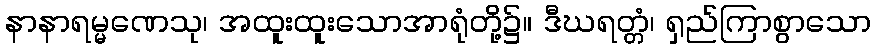
နာနာရမ္မဏေသု၊ အထူးထူးသောအာရုံတို့၌။ ဒီဃရတ္တံ၊ ရှည်ကြာစွာသော